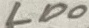
Text: LD0